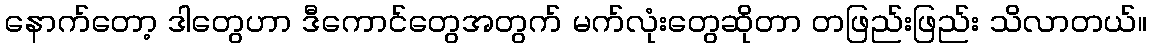
နောက်တော့ ဒါတွေဟာ ဒီကောင်တွေအတွက် မက်လုံးတွေဆိုတာ တဖြည်းဖြည်း သိလာတယ်။